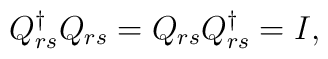
Q_{rs}^{\dagger }Q_{rs}=Q_{rs}Q_{rs}^{\dagger }=I,